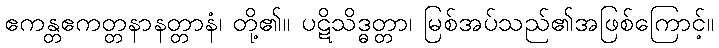
ဧကန္တဧကတ္တနာနတ္တာနံ၊ တို့၏။ ပဋိသိဒ္ဓတ္တာ၊ မြစ်အပ်သည်၏အဖြစ်ကြောင့်။